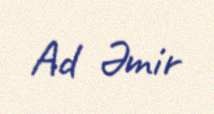
Ad Əmir